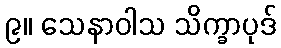
၉။ သေနာဝါသ သိက္ခာပုဒ်